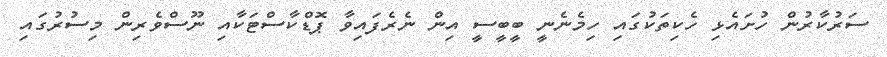
ސަރުކާރުން ހުށައެޅި ހެކިތަކުގައި ހިމެނެނީ ބީބީސީ އިން ނެރެފައިވާ ޕޮޑްކާސްޓަކާއި ނޫސްވެރިން މިސުރުގައި